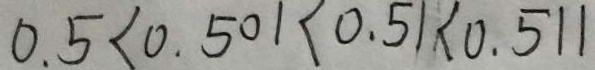
0 . 5 < 0 . 5 0 1 < 0 . 5 1 < 0 . 5 1 1